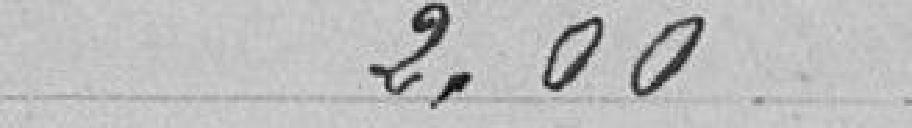
2.00